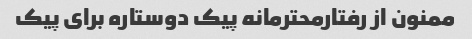
ممنون از رفتارمحترمانه پیک دوستاره برای پیک